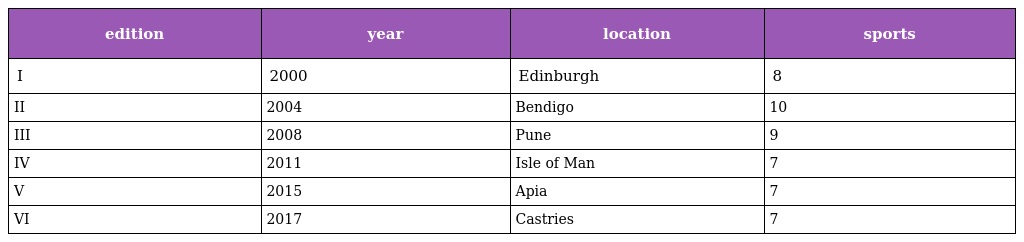
| edition | year | location | sports |
 | --- | --- | --- | --- |
 | I | 2000 | Edinburgh | 8 |
 | II | 2004 | Bendigo | 10 |
 | III | 2008 | Pune | 9 |
 | IV | 2011 | Isle of Man | 7 |
 | V | 2015 | Apia | 7 |
 | VI | 2017 | Castries | 7 |